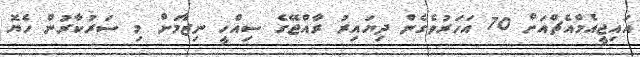
އައިޖީއެމްއެޗްއަށް 70 އަހަރުވެގެން ދިޔައިރު ރާއްޖޭގެ ސިއްހީ ނިޒާމަށް މި ސަރުކާރުން ހެޔޮ